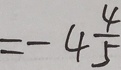
= - 4 \frac { 4 } { 5 }